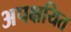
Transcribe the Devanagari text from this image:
अपक्षयित